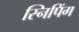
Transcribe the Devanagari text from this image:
स्निपिंग